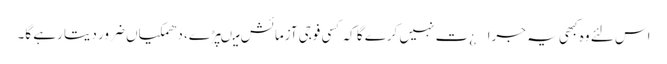
اس لئے وہ کبھی یہ جرا¿ت نہیں کرے گا کہ کسی فوجی آزمائش میںپڑے، دھمکیاں ضرور دیتا رہے گا۔